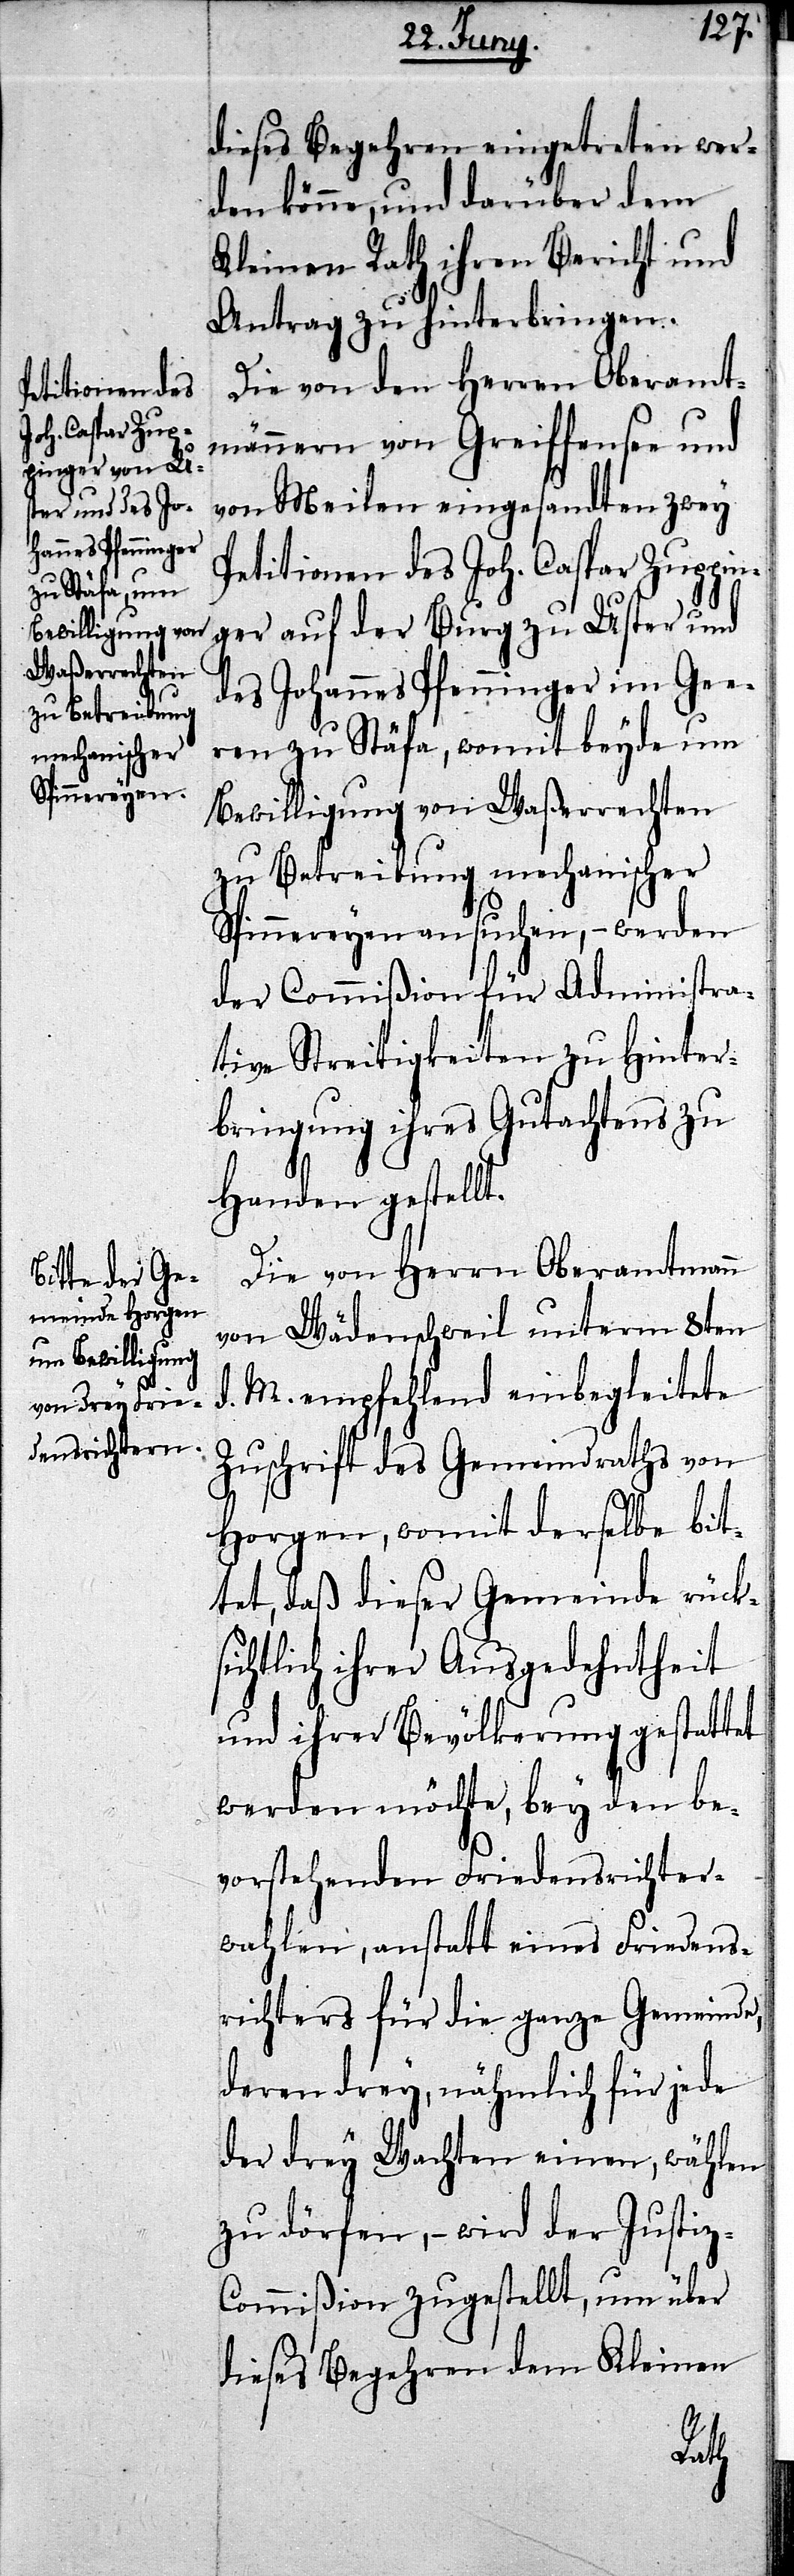
dieses Begehren eingetreten wer¬
den könne, und darüber dem
Kleinen Rath ihren Bericht und
Antrag zu hinterbringen.
Die von den Herren Oberamt¬
männern von Greiffensee und
von Meilen eingesandten zwey
Petitionen des Joh. Caspar Zuppin¬
ger auf der Burg zu Uster und
des Johannes Pfenninger im Gee¬
ren zu Stäfa, womit beyde um
Bewilligung von Waßerrechten
zu Betreibung mechanischer
Spinnereyen ansuchen, – werden
der Commißion für Administra¬
tive Streitigkeiten zu Hinter¬
bringung ihres Gutachtens zu
Handen gestellt.
Die von Herrn Oberamtmann
von Wädenschweil unterm 8ten
d. M. empfehlend einbegleitete
Zuschrift des Gemeindraths von
Horgen, womit derselbe bit¬
tet, daß dieser Gemeinde rücks¬
ichtlich ihrer Ausgedehntheit
und ihrer Bevölkerung gestattet
werden möchte, bey den be¬
vorstehenden Friedensrichter¬
wahlen, anstatt eines Friedens¬
richters für die ganze Gemeinde,
deren drey, nähmlich für jede
der drey Wachten einen, wählen
zu dörfen, – wird der Justiz-C¬
ommißion zugestellt, um über
dieses Begehren dem Kleinen